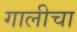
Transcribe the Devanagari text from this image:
गालीचा